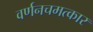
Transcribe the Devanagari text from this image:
वर्णनचमत्कार